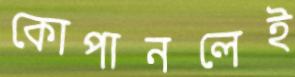
কোপানলেই